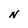
Character: N